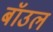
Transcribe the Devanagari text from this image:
बॉउल